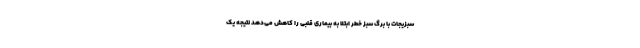
سبزیجات با برگ سبز خطر ابتلا به بیماری قلبی را کاهش می‌دهد نتیجه یک